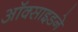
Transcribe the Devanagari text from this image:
ऑक्साइडने